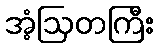
အံ့ဩတကြီး